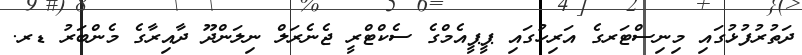
ދަތުރުފުޅުގައި މިނިސްޓަރގެ އަރިހުގައި ޕީޕީއެމްގެ ސެކްޓްރީ ޖެނެރަލް ނިލަންދޫ ދާއިރާގެ މެންބަރު ޑރ.